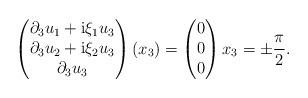
LaTeX: \begin{align*}\begin{pmatrix} \partial_3 u_1 + \mathrm{i} \xi_1 u_3 \\\partial_3 u_2 + \mathrm{i} \xi_2 u_3 \\\partial_3 u_3 \end{pmatrix} (x_3) = \begin{pmatrix} 0 \\ 0 \\ 0 \end{pmatrix} x_3 = \pm \frac\pi2 . \end{align*}